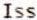
ISS